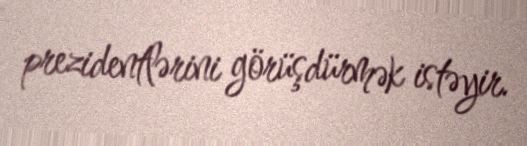
prezidentlərini görüşdürmək istəyir.